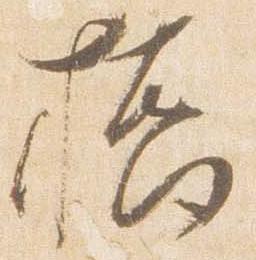
橋